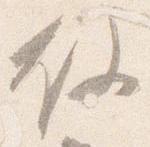
故